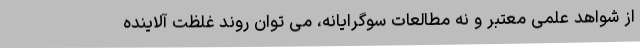
از شواهد علمی معتبر و نه مطالعات سوگرایانه، می توان روند غلظت آلاینده